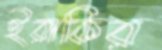
ইরাকির